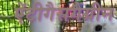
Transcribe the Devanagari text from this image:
ऐंटीगैसगैंग्रीन